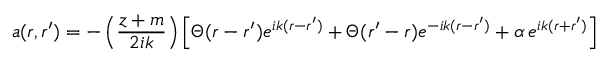
a ( r , r ^ { \prime } ) = - \left( \frac { z + m } { 2 i k } \right) \left[ \Theta ( r - r ^ { \prime } ) e ^ { i k ( r - r ^ { \prime } ) } + \Theta ( r ^ { \prime } - r ) e ^ { - i k ( r - r ^ { \prime } ) } + \alpha \, e ^ { i k ( r + r ^ { \prime } ) } \right]